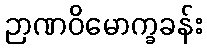
ဉာဏဝိမောက္ခခန်း